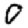
Digit: 0